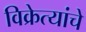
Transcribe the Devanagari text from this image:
विक्रेत्यांचे